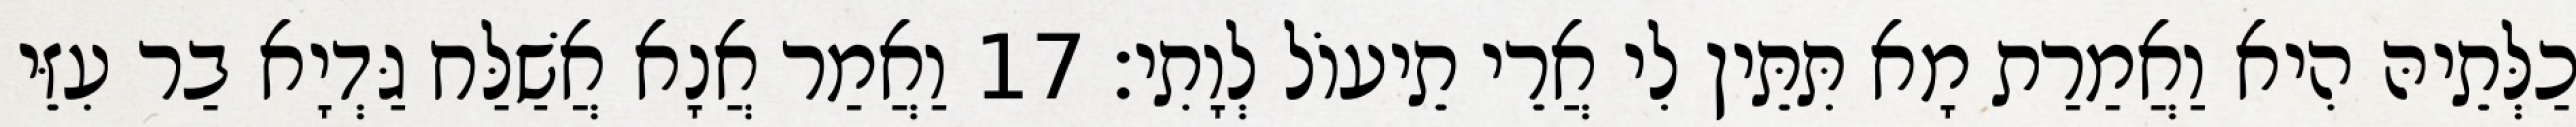
כַלְּתֵיהּ הִיא וַאֲמַרַת מָא תִּתֵּין לִי אֲרֵי תֵיעוֹל לְוָתִי׃ 17 וַאֲמַר אֲנָא אֲשַׁלַּח גַּדְיָא בַר עִזֵּי